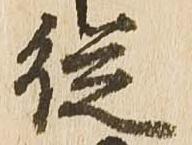
従